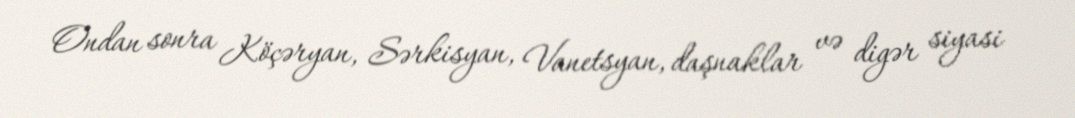
Ondan sonra Köçəryan, Sərkisyan, Vanetsyan, daşnaklar və digər siyasi